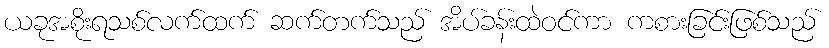
ယခုအစိုးရသစ်လက်ထက် ဆက်တက်သည် အိပ်ခန်းထဲဝင်ကာ ကစားခြင်းဖြစ်သည်